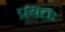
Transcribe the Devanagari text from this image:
प्रयतः